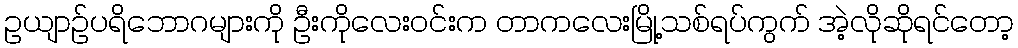
ဥယျာဉ်ပရိဘောဂများကို ဦးကိုလေးဝင်းက တာကလေးမြို့သစ်ရပ်ကွက် အဲ့လိုဆိုရင်တော့